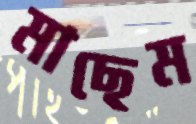
মাছেম